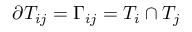
\partial T _ { i j } = \Gamma _ { i j } = T _ { i } \cap T _ { j }